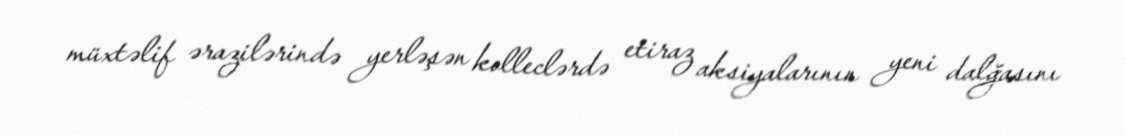
müxtəlif ərazilərində yerləşən kolleclərdə etiraz aksiyalarının yeni dalğasını